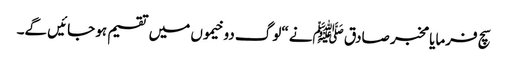
سچ فرمایا مخبر صادق ﷺنے “لوگ دو خیموں میں تقسیم ہو جائیں گے۔